Report on horse surra - Volume I
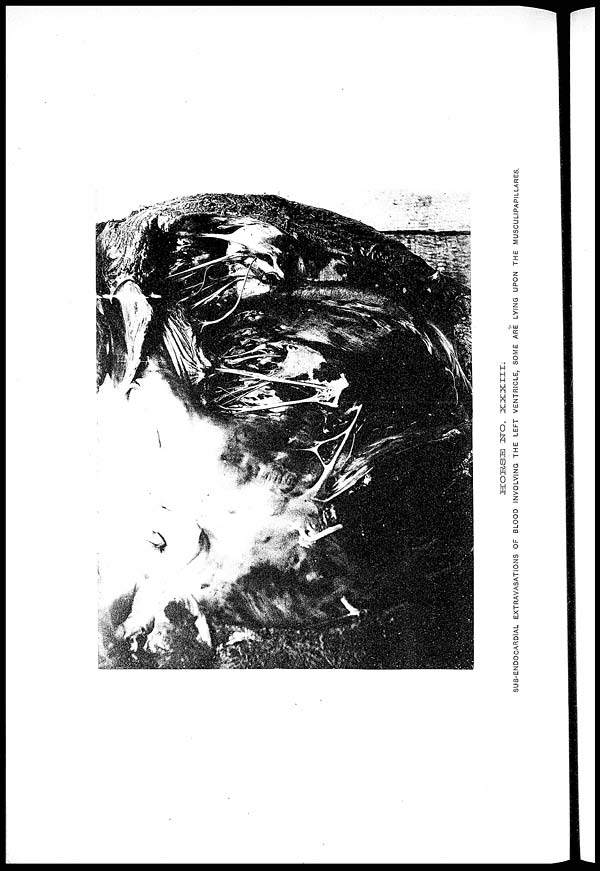
HORSE
NO.
XXXIII.
SUB-ENDOCARDIAL EXTRAVASATIONS OF BLOOD INVOLVING THE LEFT VENTRICLE, SOME ARE LYING UPON THE MUSCULIPAPILLARES.